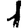
Digit: 1